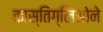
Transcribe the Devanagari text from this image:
कास्तिग्लिओने